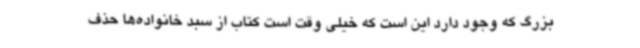
بزرگ که وجود دارد این است که خیلی وقت است کتاب از سبد خانواده‌ها حذف